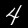
Digit: 4